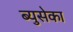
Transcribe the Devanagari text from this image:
ब्युसेका